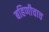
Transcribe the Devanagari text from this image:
बहिणीचाच